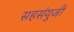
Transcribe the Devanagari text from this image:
सहसंयुजी